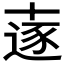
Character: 𠦹